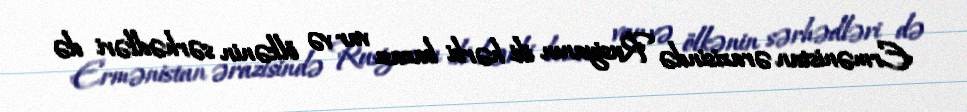
Ermənistan ərazisində Rusiyanın iki hərbi bazası var və ölkənin sərhədləri də